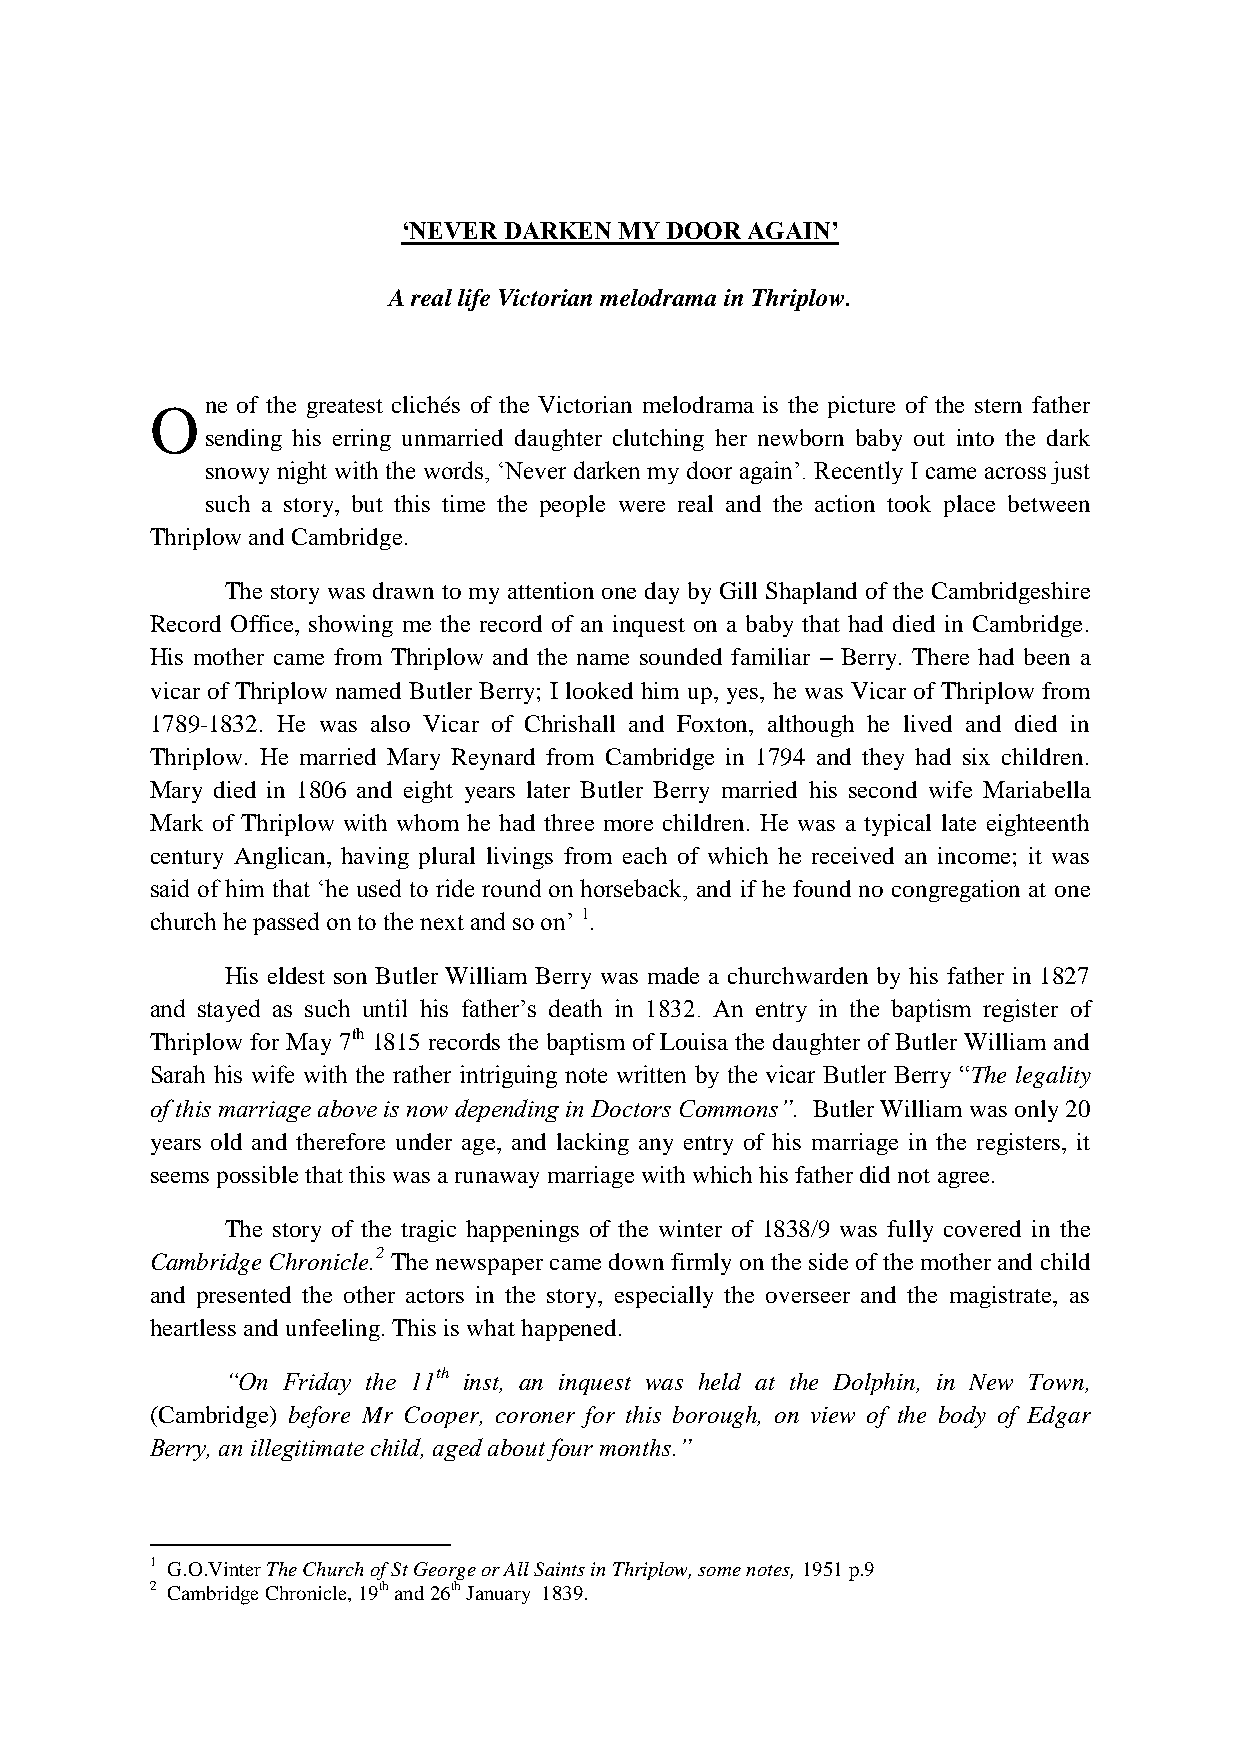
‘NEVER DARKEN MY DOOR AGAIN’
 A real life Victorian melodrama in Thriplow.
 ne of the greatest clichés of the Victorian melodrama is the picture of the stern father
 O
 sending his erring unmarried daughter clutching her newborn baby out into the dark
 snowy night with the words, ‘Never darken my door again’. Recently I came across just
 such a story, but this time the people were real and the action took place between
 Thriplow and Cambridge.
 The story was drawn to my attention one day by Gill Shapland of the Cambridgeshire
 Record Office, showing me the record of an inquest on a baby that had died in Cambridge.
 His mother came from Thriplow and the name sounded familiar – Berry. There had been a
 vicar of Thriplow named Butler Berry; I looked him up, yes, he was Vicar of Thriplow from
 1789-1832. He was also Vicar of Chrishall and Foxton, although he lived and died in
 Thriplow. He married Mary Reynard from Cambridge in 1794 and they had six children.
 Mary died in 1806 and eight years later Butler Berry married his second wife Mariabella
 Mark of Thriplow with whom he had three more children. He was a typical late eighteenth
 century Anglican, having plural livings from each of which he received an income; it was
 said of him that ‘he used to ride round on horseback, and if he found no congregation at one
 church he passed on to the next and so on’ 1.
 His eldest son Butler William Berry was made a churchwarden by his father in 1827
 and stayed as such until his father’s death in 1832. An entry in the baptism register of
 Thriplow for May 7th 1815 records the baptism of Louisa the daughter of Butler William and
 Sarah his wife with the rather intriguing note written by the vicar Butler Berry “The legality
 of this marriage above is now depending in Doctors Commons”. Butler William was only 20
 years old and therefore under age, and lacking any entry of his marriage in the registers, it
 seems possible that this was a runaway marriage with which his father did not agree.
 The story of the tragic happenings of the winter of 1838/9 was fully covered in the
 Cambridge Chronicle.2 The newspaper came down firmly on the side of the mother and child
 and presented the other actors in the story, especially the overseer and the magistrate, as
 heartless and unfeeling. This is what happened.
 “On Friday the 11th inst, an inquest was held at the Dolphin, in New Town,
 (Cambridge) before Mr Cooper, coroner for this borough, on view of the body of Edgar
 Berry, an illegitimate child, aged about four months.”
 1 G.O.Vinter The Church of St George or All Saints in Thriplow, some notes, 1951 p.9
 2 Cambridge Chronicle, 19th and 26th January 1839.